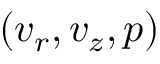
( v _ { r } , v _ { z } , p )